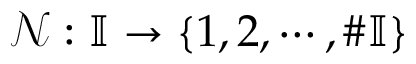
\mathcal { N } : \mathbb { I } \rightarrow \{ 1 , 2 , \cdots , \# \mathbb { I } \}